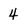
Character: 4